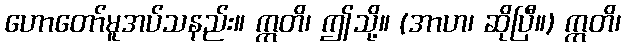
ဟောတော်မူအပ်သနည်း။ ဣတိ၊ ဤသို့။ (အာဟ၊ ဆိုပြီ။) ဣတိ၊